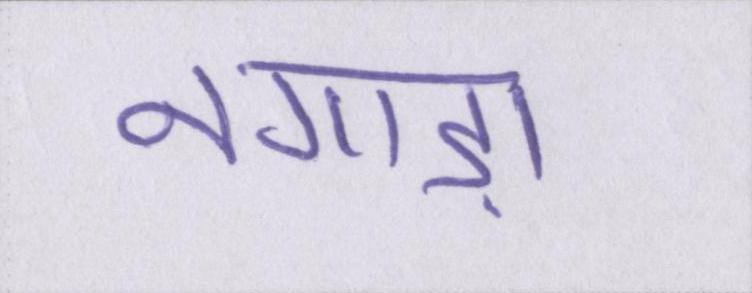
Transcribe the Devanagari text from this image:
नगाड़ा